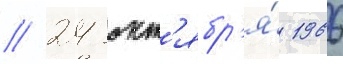
// 24 окт'ябр'я́ 1966